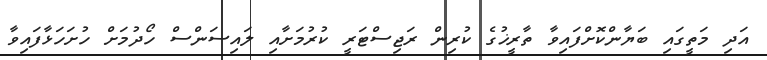
އަދި މަތީގައި ބަޔާންކޮށްފައިވާ ތާރީޚުގެ ކުރިން ރަޖިސްޓަރީ ކުރުމަށާއި ލައިސަންސް ހޯދުމަށް ހުށަހަޅާފައިވާ